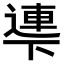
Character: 𠁎